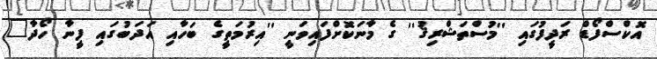
އޮކްސްފޯޑް ރަދީފުގައި ''މުސްތަޝްރިޤު'' ގެ މާނަކޮށްފައިވަނީ ''އިރުމަތީގެ ބަހާއި އަދަބުގައި ފީނާ ހޯދާ"